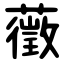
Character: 藢